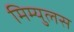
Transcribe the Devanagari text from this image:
मिम्युलस